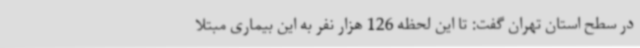
در سطح استان تهران گفت: تا این لحظه 126 هزار نفر به این بیماری مبتلا